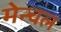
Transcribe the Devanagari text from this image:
मेन्चल